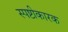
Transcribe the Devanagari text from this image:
स्पष्टीकारक